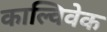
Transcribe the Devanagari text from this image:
काल्विवेक